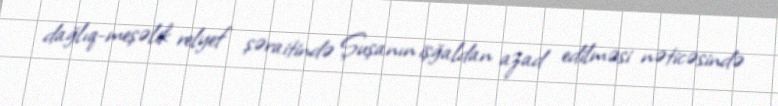
dağlıq-meşəlik relyef şəraitində Şuşanın işğaldan azad edilməsi nəticəsində